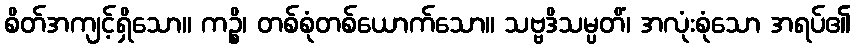
စိတ်အကျင့်ရှိသော။ ကဉ္စိ၊ တစ်စုံတစ်ယောက်သော။ သဗ္ဗဒိသမ္ပတိံ၊ အလုံးစုံသော အရပ်၏